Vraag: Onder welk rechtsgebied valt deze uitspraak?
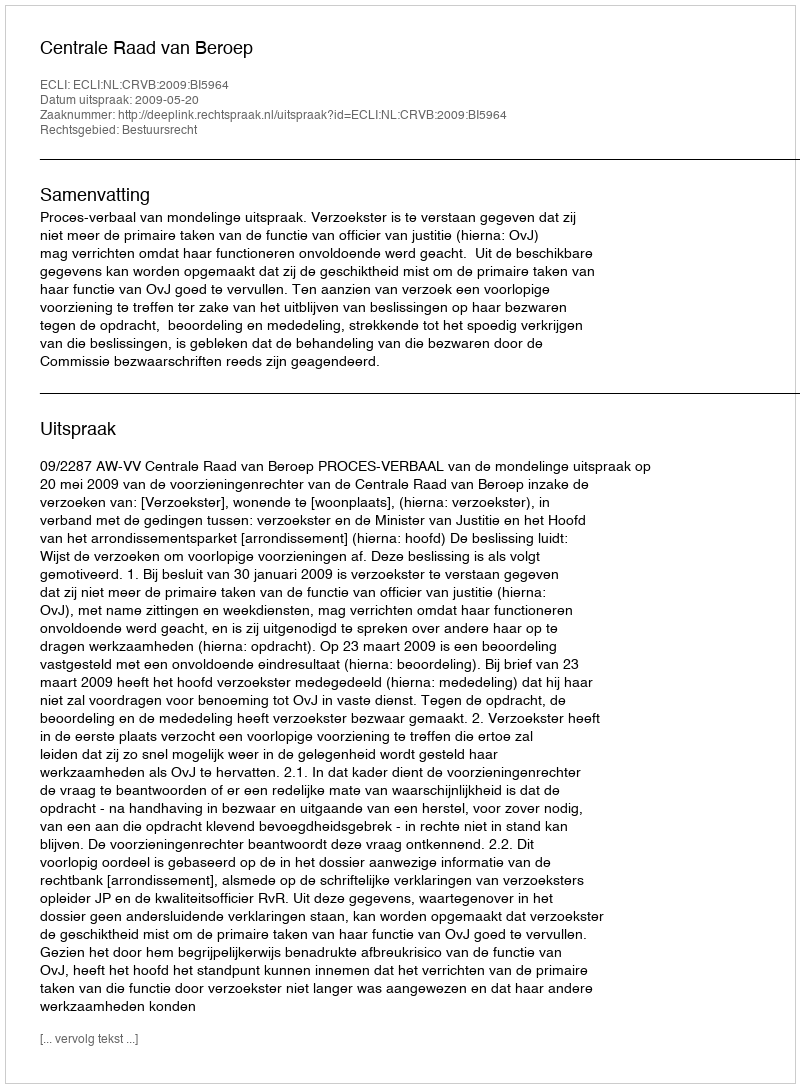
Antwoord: Bestuursrecht